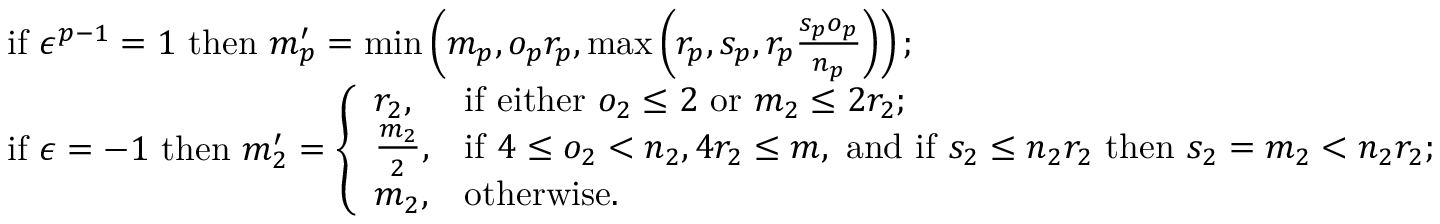
\begin{array} { r l } & { \mathrm { i f ~ } \epsilon ^ { p - 1 } = 1 \mathrm { ~ t h e n ~ } m _ { p } ^ { \prime } = \operatorname* { m i n } \left( m _ { p } , o _ { p } r _ { p } , \operatorname* { m a x } \left( r _ { p } , s _ { p } , r _ { p } \frac { s _ { p } o _ { p } } { n _ { p } } \right) \right) ; } \\ & { \mathrm { i f ~ } \epsilon = - 1 \mathrm { ~ t h e n ~ } m _ { 2 } ^ { \prime } = \left\{ \begin{array} { l l } { r _ { 2 } , } & { \mathrm { i f ~ e i t h e r ~ } o _ { 2 } \le 2 \mathrm { ~ o r ~ } m _ { 2 } \le 2 r _ { 2 } ; } \\ { \frac { m _ { 2 } } { 2 } , } & { \mathrm { i f ~ } 4 \le o _ { 2 } < n _ { 2 } , 4 r _ { 2 } \le m , \mathrm { ~ a n d ~ i f ~ } s _ { 2 } \le n _ { 2 } r _ { 2 } \mathrm { ~ t h e n ~ } s _ { 2 } = m _ { 2 } < n _ { 2 } r _ { 2 } ; } \\ { m _ { 2 } , } & { \mathrm { o t h e r w i s e } . } \end{array} \right. } \end{array}